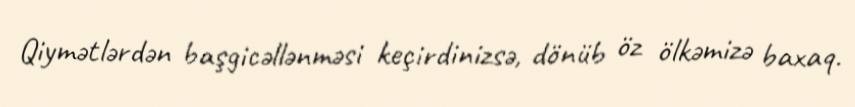
Qiymətlərdən başgicəllənməsi keçirdinizsə, dönüb öz ölkəmizə baxaq.